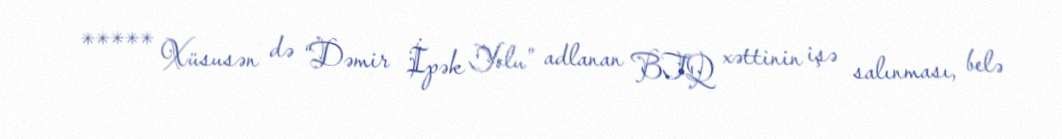
***** Xüsusən də “Dəmir İpək Yolu” adlanan BTQ xəttinin işə salınması, belə